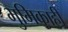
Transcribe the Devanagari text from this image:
भुमिकाही